Vaccination in Burma 1920-1933 - 1920-1933
Year: 1920
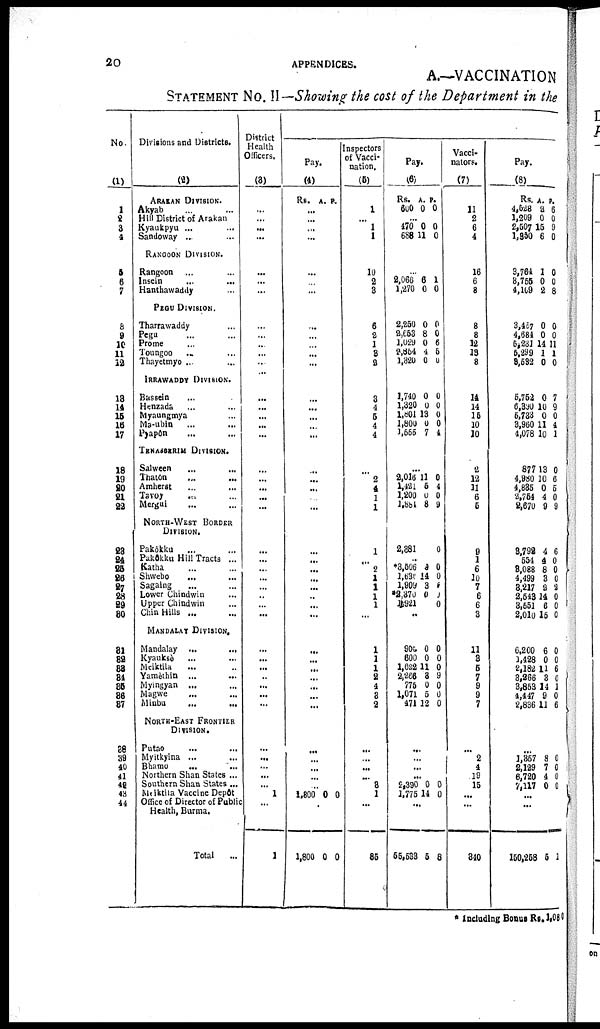
20
APPENDICES.
A.—VACCINATION
STATEMENT NO. II— Showing the cost of the Department in the
No.
(1)
1
2
3
4
5
6
7
8
9
10
11
12
13
14
15
16
17
18
19
20
21
22
23
24
25
26
27
28
29
30
31
32
33
34
35
36
37
38
39
40
41
42
43
44
Divisions and Districts.
(2)
ARAKAN DIVISION.
Akyab ... ...
Hill District of Arakan
Kyaukpyu ... ...
Sandoway ... ...
RANGOON DIVISION.
Rangoon ... ...
Insein ... ...
Hauthawaddy ...
PEGU DIVISION.
Tharrawaddy ...
Pegu ... ...
Prome ... ...
Toungoo ... ...
Thayetmyo ... ...
IRRAWADDY DIVISION.
Bassein ...
Henzada ... ...
Myaungmya ...
Ma-ubin ... ...
Pyapôn ... ...
TENASSERIM DIVISION.
Salween ... ...
Thatôn ... ...
Amherst ... ...
Tavoy
... ...
Mergui ... ...
NORTH-WEST BORDER
DIVISION.
Pakôkku
Pakôkku Hill Tracts ...
Katha ... ...
Shwebo ... ...
Sagaing ... ...
Lower Chindwin ...
Upper Chindwin ...
Chin Hills ... ...
MANDALAY DIVISION.
Mandalay ...
...
Kyauksè ... ...
Meiktila ... ...
Yamèihln ... ...
Myingyan ... ...
Magwe
... ...
Minbu
...
...
NORTH-EAST FRONTIER
DIVISION.
Putao ... ...
Myitkyina ... ...
Bhamo
...
...
Northern Shan States ...
Southern Shan States ...
Myiktila Vaccine Depôt
Office of Director of Public
Health, Burma.
Total
...
District
Health
Officers.
(3)
...
...
...
...
...
...
...
...
...
...
...
...
...
...
...
...
...
...
...
... ...
...
...
...
... ...
...
...
...
...
...
...
...
..
...
...
...
...
...
...
...
...
1
...
1
Pay.
(4)
Rs. A. P.
...
...
...
...
...
...
...
...
...
...
...
...
...
...
...
...
...
...
...
...
...
...
...
...
...
...
...
...
...
...
...
...
...
...
...
...
...
...
...
...
...
...
1,800 0 0
1,800 0 0
Inspectors
of Vacci-
nation.
(5)
1
...
1
1
10
2
3
6
8
1
8
8
3
4
5
4
4
...
2
4
1
1
1
...
2
1
1
1
1
...
1
1
1
2
4
3
2
...
...
...
...
3
1
...
86
Pay.
(6)
Rs.
600
A.
0
P.
0
...
470
688
0
11
0
0
...
2,066
1,270
6
0
1
0
2,250
2,653
1,029
2,864
1,320
0
8
0
4
0
0
0
6
6
0
1,740
1,320
1,801
1,800
1,666
0
0
13
0
7
0
0
0
0
4
...
2,016
1,421
1,200
l,881
11
6
0
8
0
4
0
9
2,881
...
*3,506
1,639
1,909
*2,370
1,921
4
14
3
0
0
0
0
1
1
0
...
905
600
1,622
2,266
775
1,071
471
0
0
11
8
0
5
12
0
0
0
9
0
0
0
...
...
...
...
2,390
1,775
0
14
0
0
...
65,633 65 8
Vacci¬
nators.
(7)
11
2
6
4
16
6
8
8
8
12
13
8
14
14
15
10
10
2
12
11
6
5
9
1
6
10
7
6
6
3
11
3
5
7
9
9
7
...
2
4
19
15
...
...
340
Pay.
(8)
Rs.
4,528
1,209
2,507
1,350
A.
2
0
15
6
P.
6
0
9
0
3,764
8,755
4,169
1
0
2
0
0
8
3,467
4,684
5,231
5,299
8,532
0
0
14
1
0
0
0
11
1
0
6,752
6,390
5,733
3,960
4,078
0
10
0
11
10
7
9
0
4
1
877
4,980
4,835
2,754
9,670
13
10
0
4
9
0
6
5
0
9
3,792
554
3,088
4,499
3,217
2,648
3,551
2,010
4
4
8
3
2
14
6
15
6
0
0
0
2
0
0
0
6,200
1,428
2,182
8,266
3,853
4,447
2,836
6
11
11
3
14
9
11
0
0
6
0
1
0
6
...
1,357
2,129
6,720
7,117
8
7 4
0
0
0
0
0
...
...
150,258 5 6 1
* Including Bonus Rs. 1,080